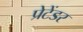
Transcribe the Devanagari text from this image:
प्रेटेंडर